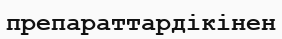
препараттардікінен